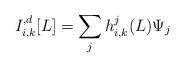
LaTeX: \begin{align*} I_{i, k}^{, d}[L] = \sum_j h^j_{i, k}(L) \Psi_j \end{align*}